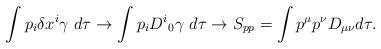
LaTeX: \begin{align*}\int p_i \delta x^i \gamma ~d\tau \rightarrow \int p_i D^{i}{}_0 \gamma ~d\tau\rightarrow S_{pp}=\int p^\mu p^\nu D_{\mu \nu} {}d\tau.\end{align*}